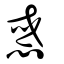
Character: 惑